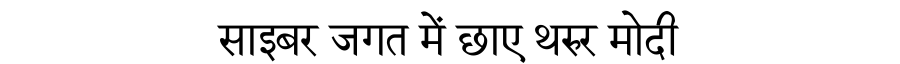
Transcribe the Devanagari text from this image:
साइबर जगत में छाए थरुर मोदी